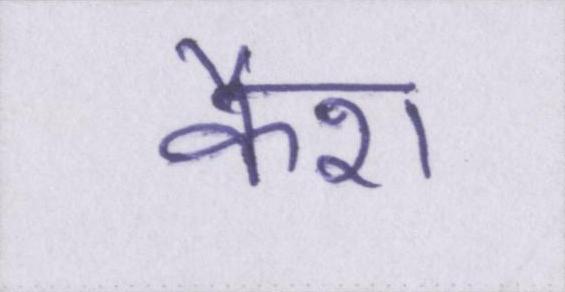
कैश